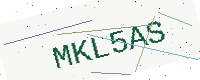
Text: MKL5AS